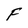
Character: F